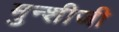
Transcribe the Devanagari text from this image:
मुन्शीजी